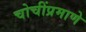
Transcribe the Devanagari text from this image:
चोचींप्रमाणे